Problem: 9 × 2 = ?
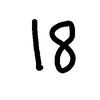
Handwritten answer: 18